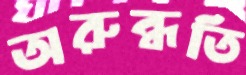
অরুন্ধতি